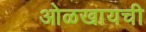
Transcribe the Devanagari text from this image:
ओळखायची